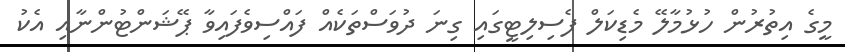
މީގެ އިތުރުން ހުޅުމާލޭ މެޑިކަލް ފެސިލިޓީގައި ގިނަ ދުވަސްތަކެއް ފައްސިވެފައިވާ ޕޭޝަންޓުންނާއި އެކު